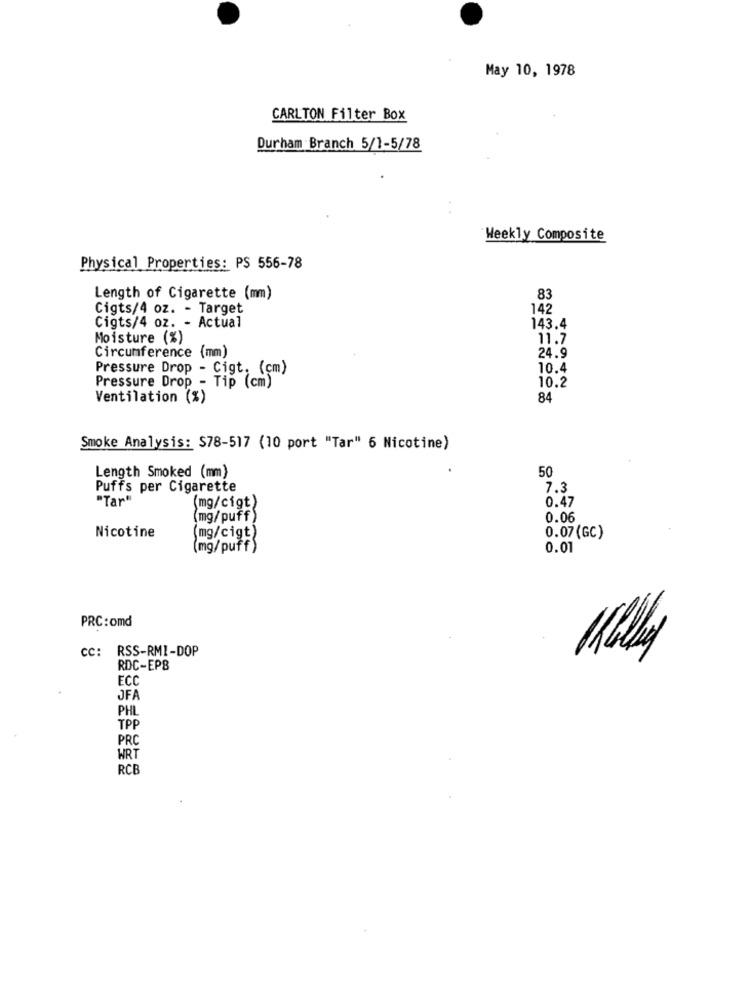
May 10, 1978
CARLTON Filter Box
Durham Branch 5/1-5/78
Weekly Composite
Physical Properties: PS 556-78
Length of Cigarette (mm)
83
Cigts/4 oz. - Target
142
Cigts/4 oz. - Actual
143.4
Moisture (%)
11.7
Circumference (mm)
24.9
Pressure Drop - Cigt, (cm)
10.4
10.2
Pressure Drop - Tip (cm)
Ventilation (%)
84
Smoke Analysis: S78-517 (10 port "Tar" 6 Nicotine)
50
Length Smoked (mm)
Puffs per Cigarette
7.3
"Tar"
0.47
mg/cigt)
(mg/puff)
0.06
Nicotine
(mg/cigt)
0.07(GC)
(mg/puff)
0.01
PRC: omd
CC: RSS-RMI-DOP
RDC-EPB
ECO
JFA
PHL
TPF
PRO
WRT
RCB